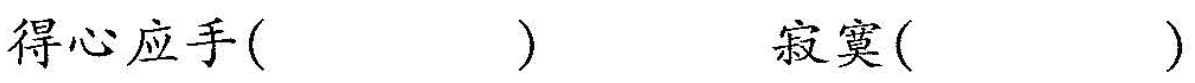
得心应手( ）寂寞()